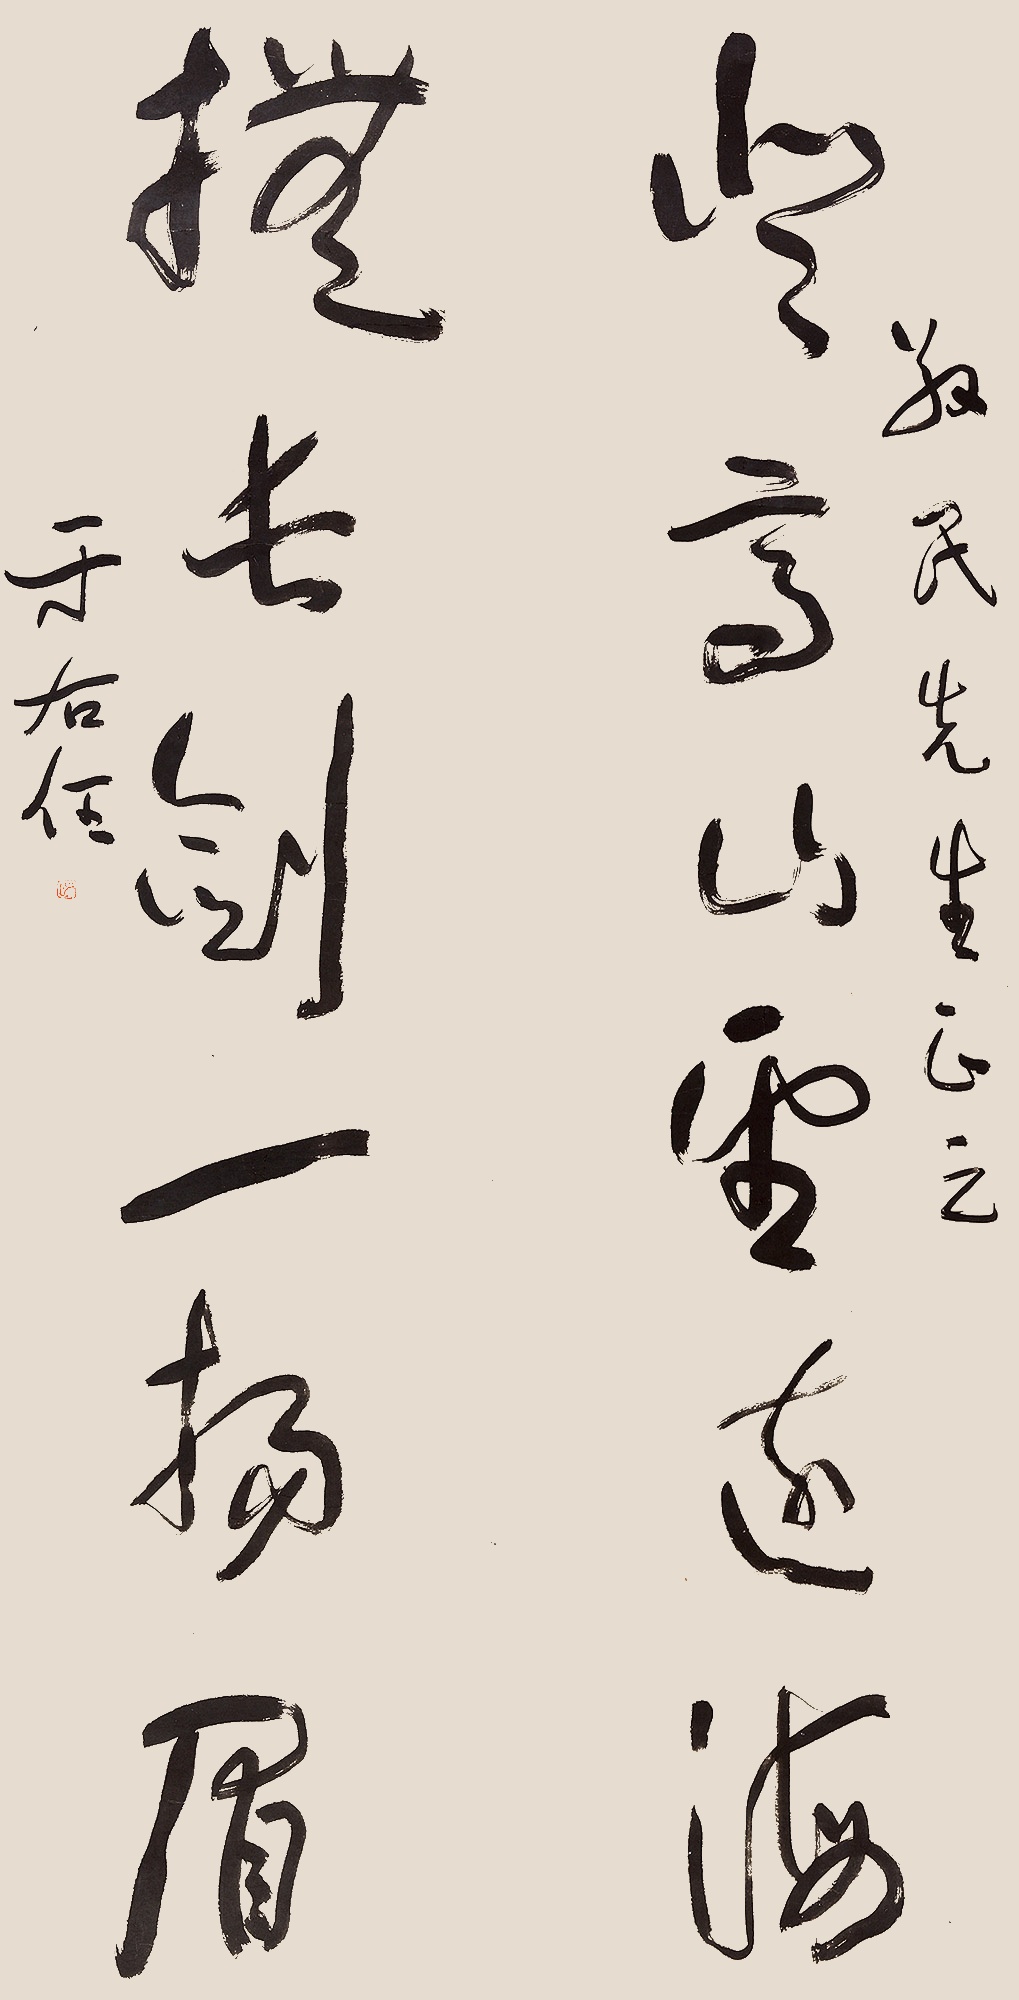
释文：登高山望远海，抚长剑一扬眉。敬民先生正之。于右任。